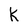
Character: K